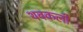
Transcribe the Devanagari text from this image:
थबकली